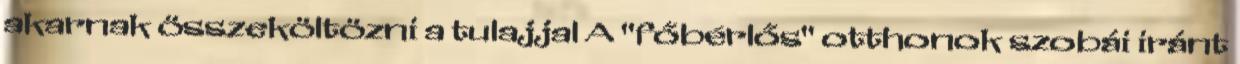
akarnak összeköltözni a tulajjal A "főbérlős" otthonok szobái iránt